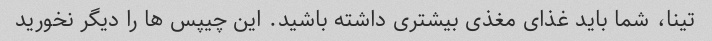
تینا، شما باید غذای مغذی بیشتری داشته باشید. این چیپس ها را دیگر نخورید